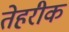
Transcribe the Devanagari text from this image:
तेहरीक